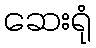
ဆေးရုံ